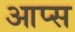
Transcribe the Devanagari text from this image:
आप्स